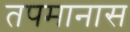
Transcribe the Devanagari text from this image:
तपमानास